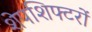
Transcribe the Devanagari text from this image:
शेपशिफ्टरों